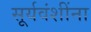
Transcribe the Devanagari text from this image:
सूर्यवंशींना